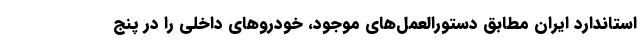
استاندارد ایران مطابق دستورالعمل‌های موجود، خودروهای داخلی را در پنج